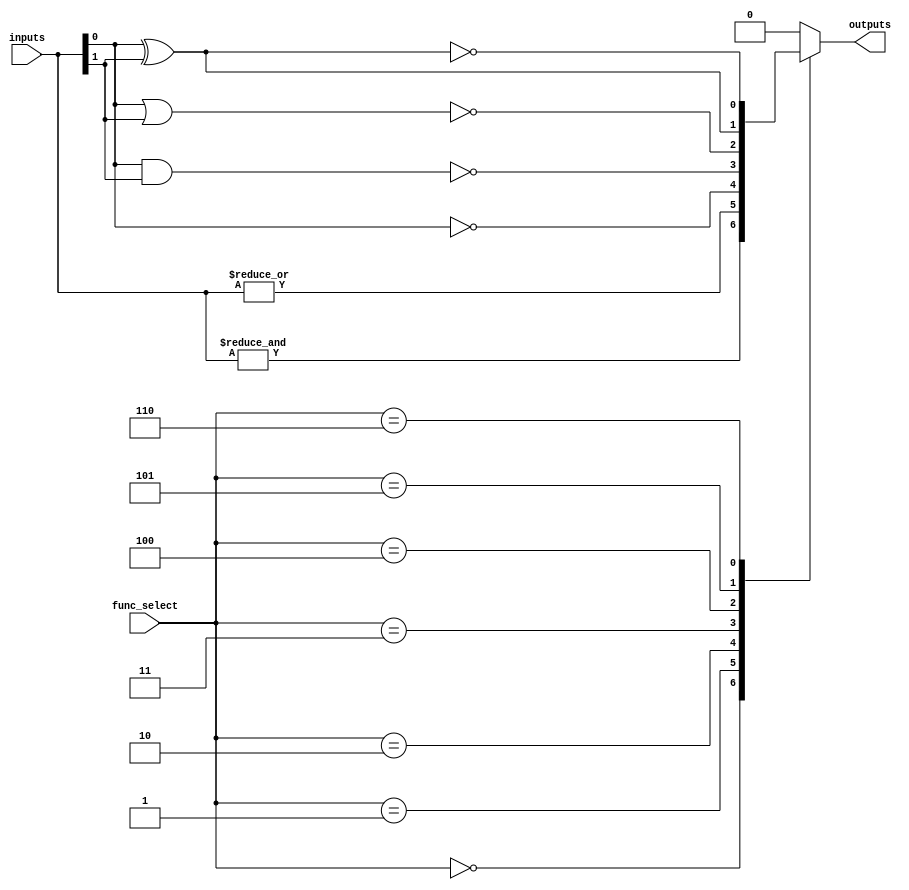
module combinational_logic_block #(
    parameter N = 4,  // Number of inputs
    parameter M = 1   // Number of outputs
)(
    input  wire [N-1:0]  inputs,       // N-bit input
    input  wire [2:0]    func_select,   // Function select signal (3-bits for 8 operations)
    output reg  [M-1:0]  outputs        // M-bit output
);

// Logic function descriptions based on func_select
always @(*) begin
    case (func_select)
        3'b000: outputs = &inputs;        // AND
        3'b001: outputs = |inputs;        // OR
        3'b010: outputs = ~inputs[0];     // NOT (inverted first input)
        3'b011: outputs = ~(inputs[0] & inputs[1]); // NAND
        3'b100: outputs = ~(inputs[0] | inputs[1]); // NOR
        3'b101: outputs = inputs[0] ^ inputs[1];    // XOR
        3'b110: outputs = ~(inputs[0] ^ inputs[1]);  // XNOR
        default: outputs = {M{1'b0}};      // Default to 0
    endcase
end

endmodule